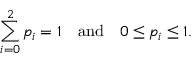
\sum _ { i = 0 } ^ { 2 } p _ { i } = 1 \quad { \mathrm { a n d } } \quad 0 \leq p _ { i } \leq 1 .